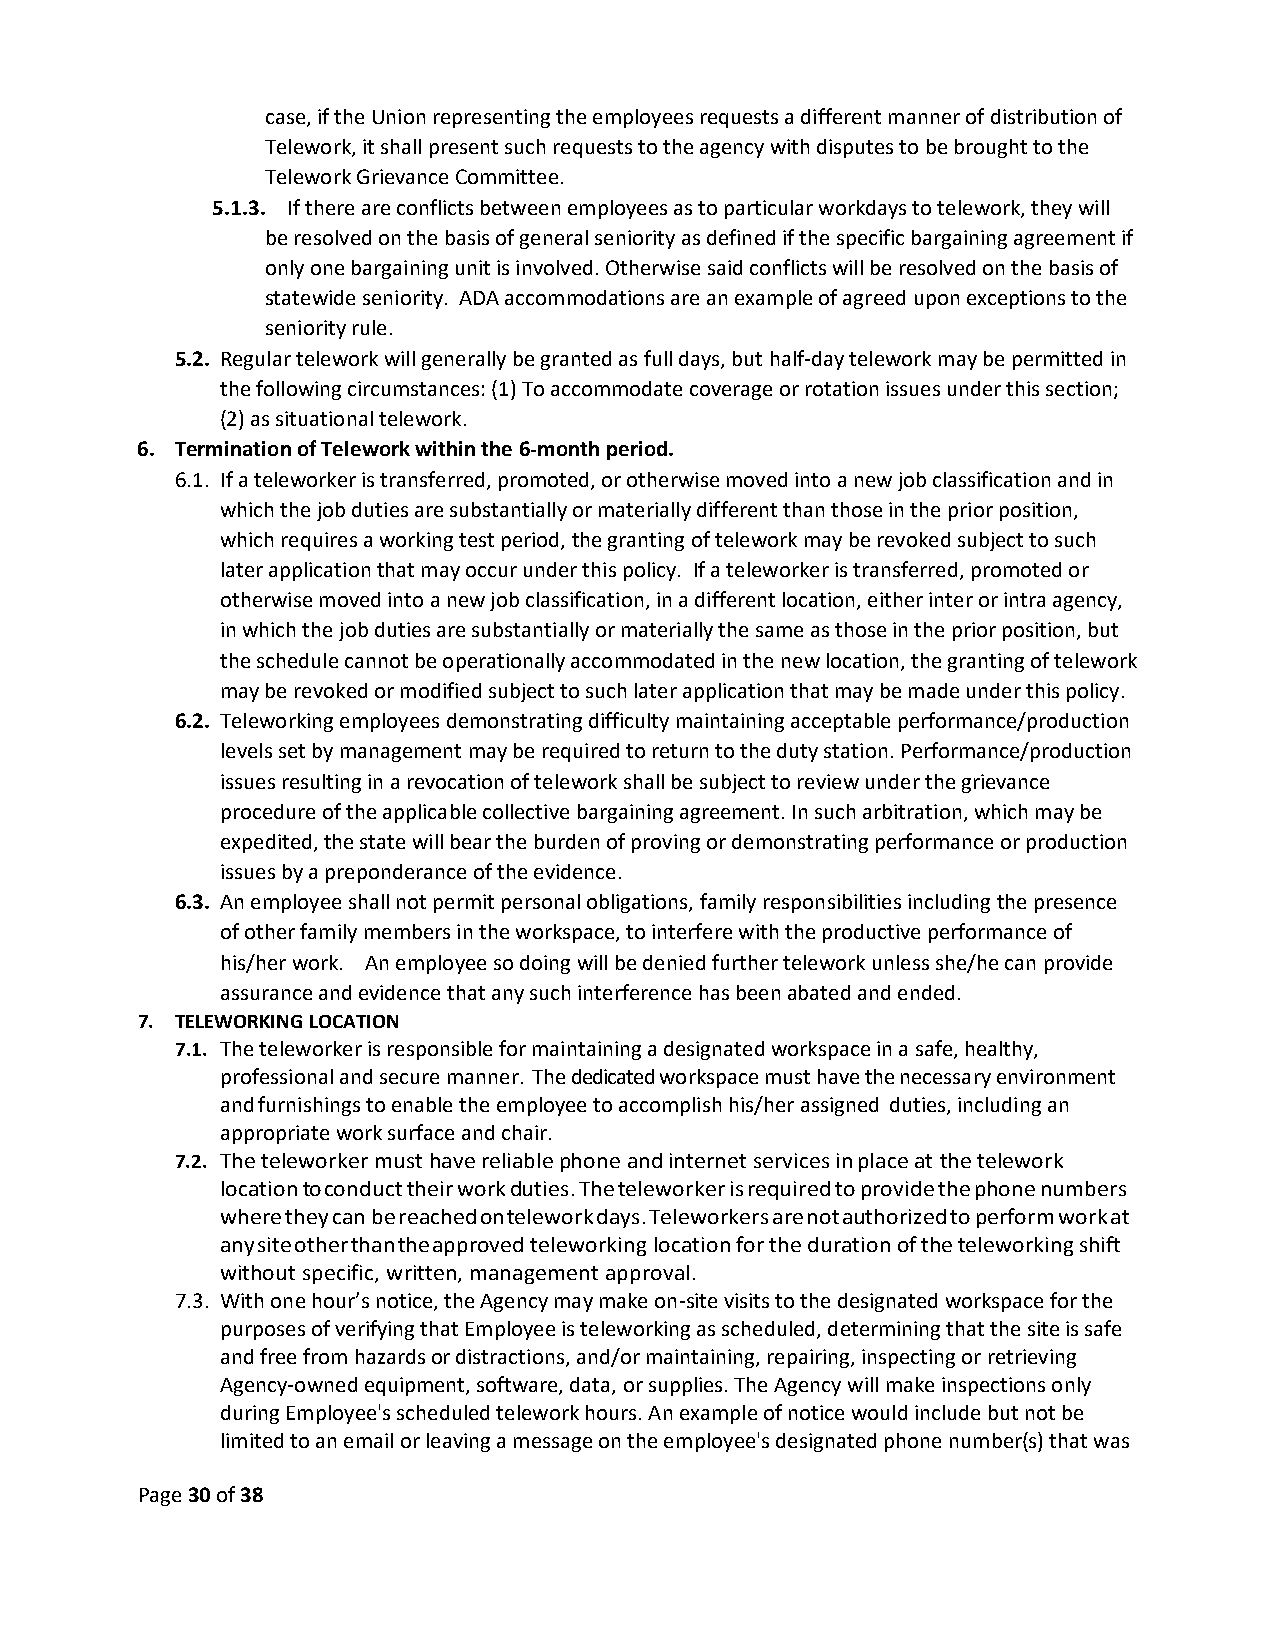
case, if the Union representing the employees requests a different manner of distribution of
 Telework, it shall present such requests to the agency with disputes to be brought to the
 Telework Grievance Committee.
 5.1.3. If there are conflicts between employees as to particular workdays to telework, they will
 be resolved on the basis of general seniority as defined if the specific bargaining agreement if
 only one bargaining unit is involved. Otherwise said conflicts will be resolved on the basis of
 statewide seniority. ADA accommodations are an example of agreed upon exceptions to the
 seniority rule.
 5.2. Regular telework will generally be granted as full days, but half-day telework may be permitted in
 the following circumstances: (1) To accommodate coverage or rotation issues under this section;
 (2) as situational telework.
 6. Termination of Telework within the 6-month period.
 6.1. If a teleworker is transferred, promoted, or otherwise moved into a new job classification and in
 which the job duties are substantially or materially different than those in the prior position,
 which requires a working test period, the granting of telework may be revoked subject to such
 later application that may occur under this policy. If a teleworker is transferred, promoted or
 otherwise moved into a new job classification, in a different location, either inter or intra agency,
 in which the job duties are substantially or materially the same as those in the prior position, but
 the schedule cannot be operationally accommodated in the new location, the granting of telework
 may be revoked or modified subject to such later application that may be made under this policy.
 6.2. Teleworking employees demonstrating difficulty maintaining acceptable performance/production
 levels set by management may be required to return to the duty station. Performance/production
 issues resulting in a revocation of telework shall be subject to review under the grievance
 procedure of the applicable collective bargaining agreement. In such arbitration, which may be
 expedited, the state will bear the burden of proving or demonstrating performance or production
 issues by a preponderance of the evidence.
 6.3. An employee shall not permit personal obligations, family responsibilities including the presence
 of other family members in the workspace, to interfere with the productive performance of
 his/her work. An employee so doing will be denied further telework unless she/he can provide
 assurance and evidence that any such interference has been abated and ended.
 7. TELEWORKING LOCATION
 7.1. The teleworker is responsible for maintaining a designated workspace in a safe, healthy,
 professional and secure manner. The dedicated workspace must have the necessary environment
 and furnishings to enable the employee to accomplish his/her assigned duties, including an
 appropriate work surface and chair.
 7.2. The teleworker must have reliable phone and internet services in place at the telework
 location to conduct their work duties. The teleworker is required to provide the phone numbers
 where they can be reached on telework days. Teleworkers are not authorized to perform work at
 any site other than the approved teleworking location for the duration of the teleworking shift
 without specific, written, management approval.
 7.3. With one hour’s notice, the Agency may make on-site visits to the designated workspace for the
 purposes of verifying that Employee is teleworking as scheduled, determining that the site is safe
 and free from hazards or distractions, and/or maintaining, repairing, inspecting or retrieving
 Agency-owned equipment, software, data, or supplies. The Agency will make inspections only
 during Employee's scheduled telework hours. An example of notice would include but not be
 limited to an email or leaving a message on the employee's designated phone number(s) that was
 Page 30 of 38